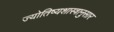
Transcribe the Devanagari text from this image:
ज्योतिष्यशास्त्रानुसार